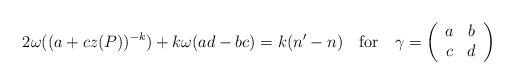
LaTeX: \begin{align*}2\omega((a+cz(P))^{-k})+k\omega(ad-bc)=k(n'-n)\quad\mbox{for}\quad\gamma=\left(\begin{array}{*{2}c}a&b\\c&d\end{array}\right)\end{align*}